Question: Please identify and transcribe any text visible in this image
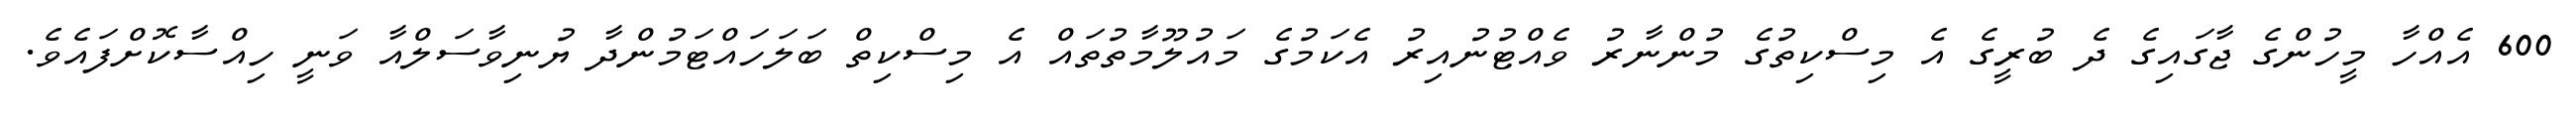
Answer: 600 އެއްހާ މީހުންގެ ޖާގައިގެ ދެ ބުރީގެ އެ މިސްކިތުގެ މުންނާރު ވެއްޓުނުއިރު އެކަމުގެ މައުލޫމާތުތައް އެ މިސްކިތް ބަލަހައްޓަމުންދާ ޔުނިވާސަލްއާ ވަނީ ހިއްސާކޮށްފައެވެ.